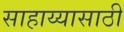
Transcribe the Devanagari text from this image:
साहाय्यासाठी